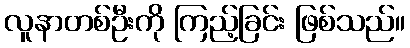
လူနာတစ်ဦးကို ကြည့်ခြင်း ဖြစ်သည်။